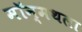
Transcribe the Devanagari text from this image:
मॉन्मथला